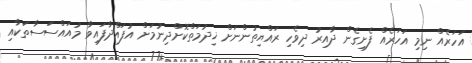
އަހަރެއް ނިމި އަހަރެއް ފެށިގެން ދާއިރު ދިވެހި ރައްޔިތުންނަށް ޚިދުމަތްކޮށްދިނުމަށް އުފައްދާފައިވާ މުއައްސަސާތަކާއި